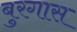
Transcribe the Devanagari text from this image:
बुरगास